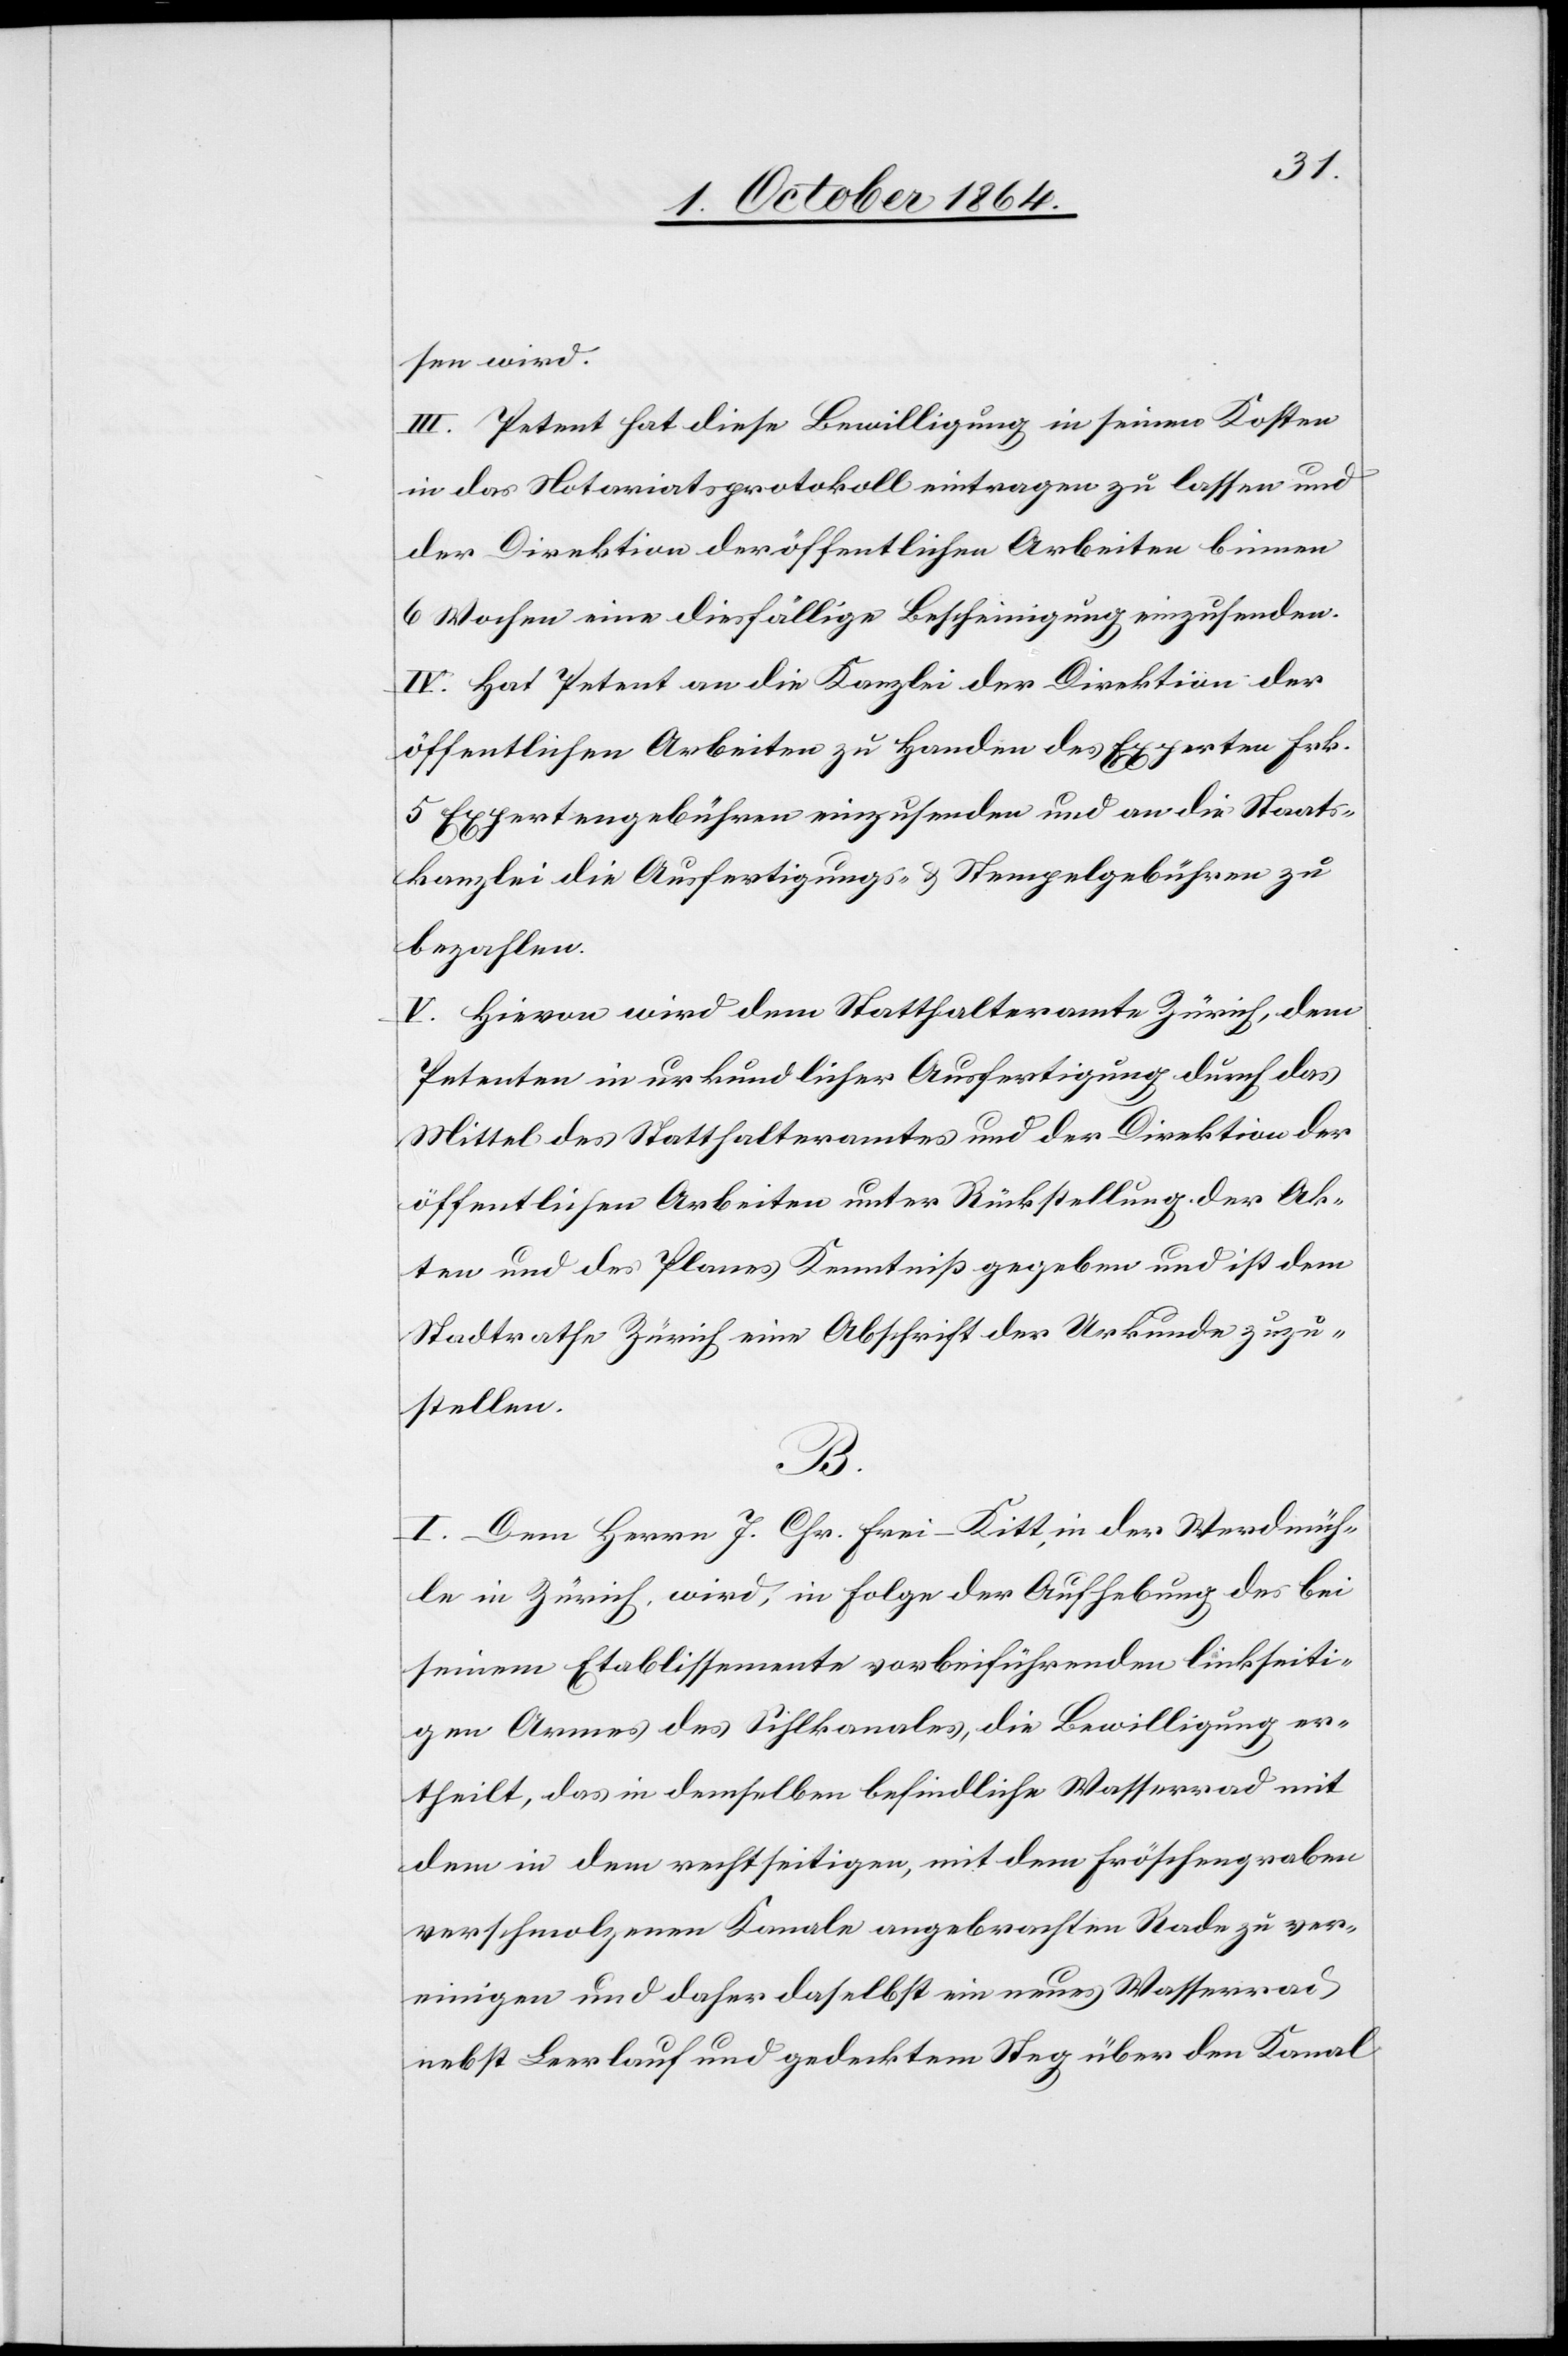
sen wird.
III. Petent hat diese Bewilligung in seinen Kosten
in das Notariatsprotokoll eintragen zu lassen und
der Direktion der öffentlichen Arbeiten binnen
6 Wochen eine diesfällige Bescheinigung einzusenden.
IV. Hat Petent an die Kanzlei der Direktion der
öffentlichen Arbeiten zu Handen des Experten Frk.
5 Expertengebühren einzusenden und an die Staats¬
kanzlei die Ausfertigungs- & Stempelgebühren zu
bezahlen.
V. Hievon wird dem Statthalteramte Zürich, dem
Petenten in urkundlicher Ausfertigung durch das
Mittel des Statthalteramtes und der Direktion der
öffentlichen Arbeiten unter Rückstellung der Ak¬
ten und des Planes Kenntniß gegeben und ist dem
Stadtrathe Zürich eine Abschrift der Urkunde zuzu¬
stellen.
B.
I. Dem Herrn J. Chr. Frei-Kitt, in der Werdmüh¬
le in Zürich, wird, in Folge der Aufhebung des bei
seinem Etablissemente vorbeiführenden linkseiti¬
gen Armes des Sihlkanales die Bewilligung er¬
theilt, das in demselben befindliche Wasserrad mit
dem in dem rechtseitigen, mit dem Fröschengraben
verschmolzenen Kanale angebrachten Rade zu ver¬
einigen und daher daselbst ein neues Wasserrad
nebst Leerlauf und gedecktem Steg über den Kanal